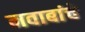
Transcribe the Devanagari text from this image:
नवाबांचे